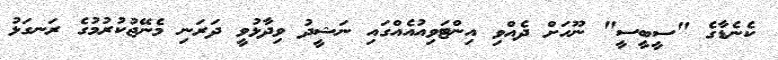
ކެނެޑާގެ "ސީބީސީ" ނޫހަށް ދެއްވި އިންޓަވިއުއެއްގައި ނަޝީދު ވިދާޅުވީ ދަރަނި މެނޭޖުކުރުމުގެ ރަނގަޅު